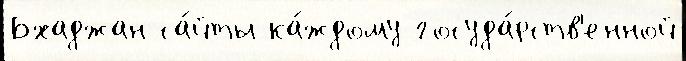
Бхаджан са́йты ка́ждому госуда́рств'енной